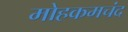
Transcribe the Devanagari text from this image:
मोहकमचंद